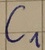
Text: C1